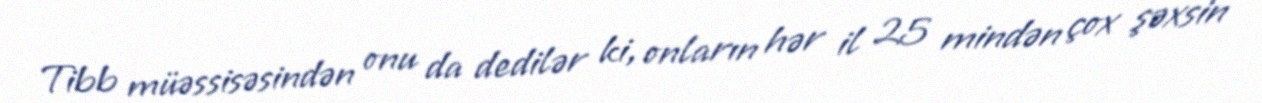
Tibb müəssisəsindən onu da dedilər ki, onların hər il 25 mindən çox şəxsin